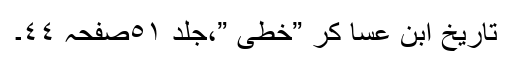
تاریخ ابن عسا کر ”خطی ”،جلد ٥١صفحہ ٤٤۔